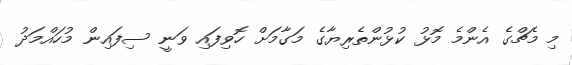
މި މެޗްގެ އެންމެ މޮޅު ކުޅުންތެރިޔާގެ މަގާމަށް ހޮވިފައި ވަނީ ސިފައިން މުހައްމަދު